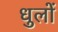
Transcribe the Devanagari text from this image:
धुलों